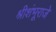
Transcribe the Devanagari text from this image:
श्रीशंभूराजे